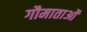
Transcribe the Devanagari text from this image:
गौमाताओं